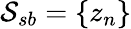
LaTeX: \mathcal{S}_{sb}=\{ {z}_{n}\}